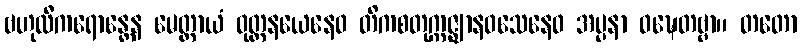
ဗဟုလီကရောန္တေန မေတ္တာယံ ဝုတ္တနယေနေဝ တိကစတုက္ကဇ္ဈာနဝသေနေဝ အပ္ပနာ ဝဍ္ဎေတဗ္ဗာ။ တတော